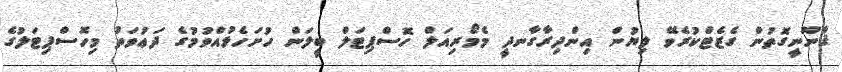
ޤާނޫނީގޮތުން ގެޒެޓްކުރެވޭ ލިޔުން އިންދިރާގާނދީ މެމޯރިއަލް ހޮސްޕިޓަލް ބީލަން ހުށަހެޅުއްވުމުގެ ދަޢުވަތު މިހޮސްޕިޓަލުގެ